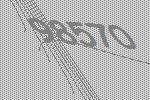
98570